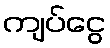
ကျပ်ငွေ